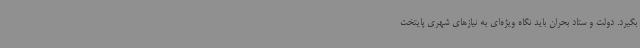
بگیرد. دولت و ستاد بحران باید نگاه ویژه‌ای به نیازهای شهری پایتخت